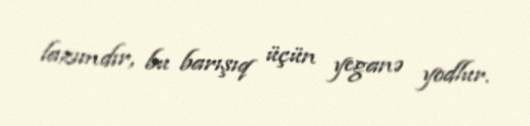
lazımdır, bu barışıq üçün yeganə yodlur.